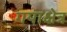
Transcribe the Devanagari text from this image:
गयाक्षेत्र